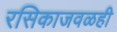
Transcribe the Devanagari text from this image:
रसिकाजवळही